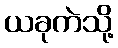
ယခုကဲသို့